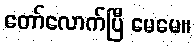
တော်လောက်ပြီ မေမေ။